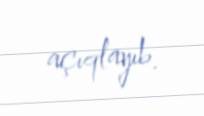
açıqlayıb.